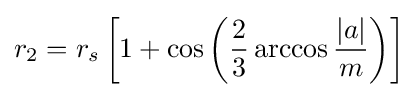
r_{2}=r_{s}\left[1+\cos \left({\frac {2}{3}}\arccos {\frac {|a|}{m}}\right)\right]